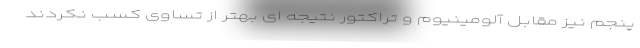
پنجم نیز مقابل آلومینیوم و تراکتور نتیجه ای بهتر از تساوی کسب نکردند